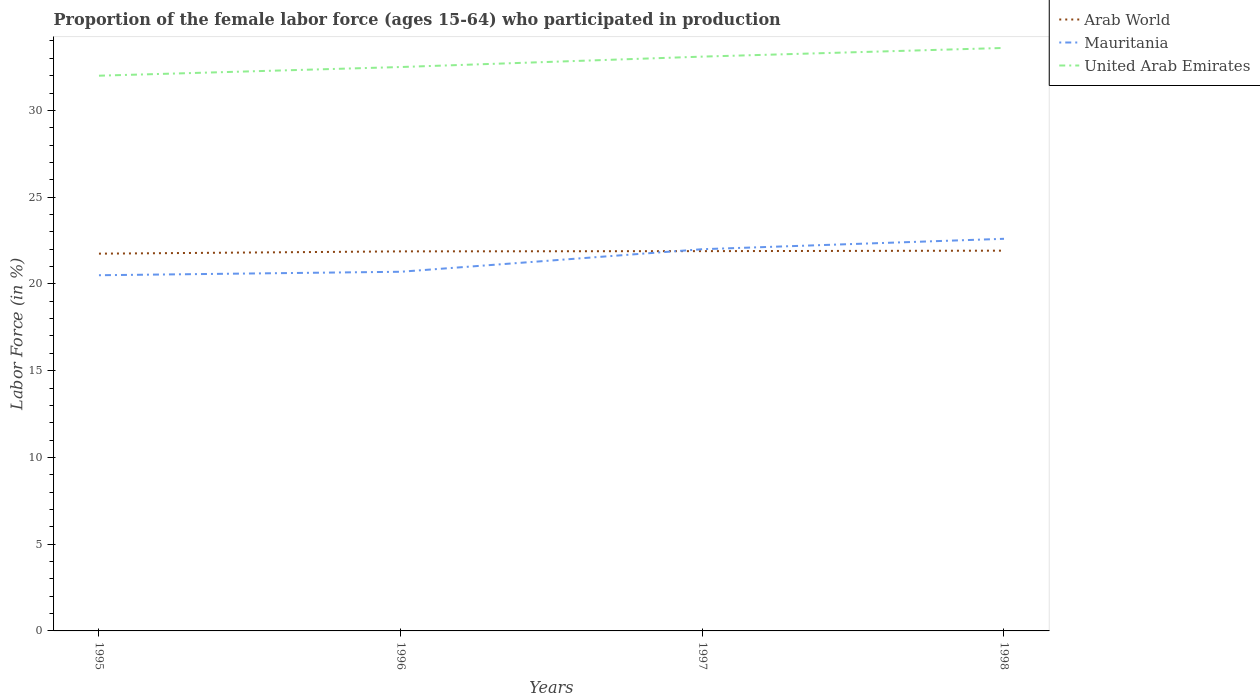
| Years | Arab World | Mauritania | United Arab Emirates |
 | --- | --- | --- | --- |
 | 1995 | 21.7 | 20.5 | 32 |
 | 1996 | 21.9 | 20.7 | 32.5 |
 | 1997 | 21.9 | 22 | 33.1 |
 | 1998 | 21.9 | 22.6 | 33.6 |